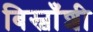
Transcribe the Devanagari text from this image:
बिस्वाँशी